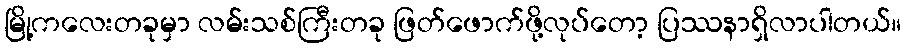
မြို့ကလေးတခုမှာ လမ်းသစ်ကြီးတခု ဖြတ်ဖောက်ဖို့လုပ်တော့ ပြဿနာရှိလာပါတယ်။